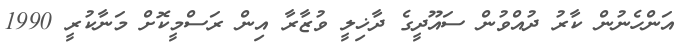
އަންހެނުން ކާރު ދުއްވުން ސައޫދީގެ ދާޚިލީ ވުޒާރާ އިން ރަސްމީކޮށް މަނާކުރީ 1990